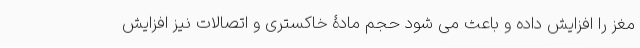
مغز را افزایش داده و باعث می شود حجم مادۀ خاکستری و اتصالات نیز افزایش